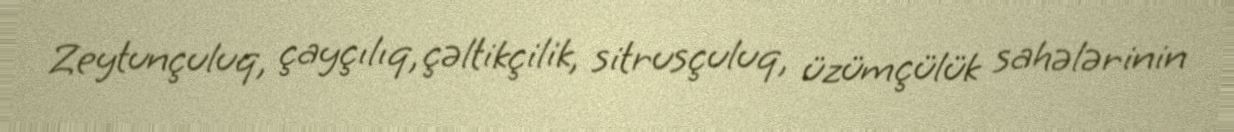
Zeytunçuluq, çayçılıq, çəltikçilik, sitrusçuluq, üzümçülük sahələrinin